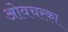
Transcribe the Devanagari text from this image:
ओवचरका